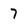
Character: 7